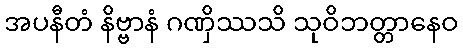
အပနီတံ နိဗ္ဗာနံ ဂဏှိဿသိ သုဝိဘတ္တာနေဝ